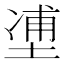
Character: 𰊉